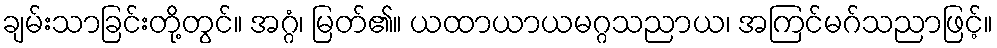
ချမ်းသာခြင်းတို့တွင်။ အဂ္ဂံ၊ မြတ်၏။ ယထာယာယမဂ္ဂသညာယ၊ အကြင်မဂ်သညာဖြင့်။